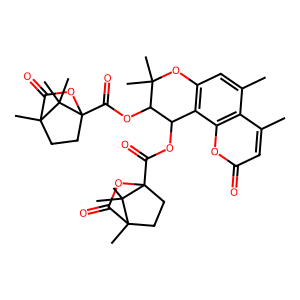
SMILES: Cc1cc2c(c3oc(=O)cc(C)c13)C(OC(=O)C13CCC(C)(C(=O)O1)C3(C)C)C(OC(=O)C13CCC(C)(C(=O)O1)C3(C)C)C(C)(C)O2
Inhibits HIV replication: Yes